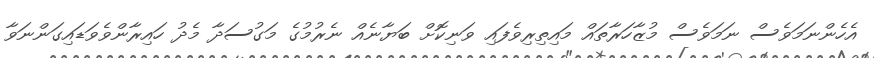
އެހެންނަމަވެސް ނަމަވެސް މުޒާހަރާތައް މައިތިރިވެފައި ވަނިކޮށް ބަޔާނެއް ނެރުމުގެ މަގުސަދާ މެދު ހައިރާންވެވަޑައިގަންނަވާ